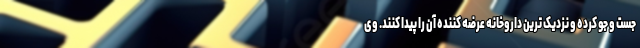
جست و جو کرده و نزدیک ترین داروخانه عرضه کننده آن را پیدا کنند. وی